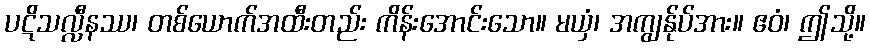
ပဋိသလ္လီနဿ၊ တစ်ယောက်အထီးတည်း ကိန်းအောင်းသော။ မယှံ၊ အကျွန်ုပ်အား။ ဧဝံ၊ ဤသို့။